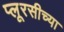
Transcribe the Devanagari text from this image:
प्लूरसीच्या